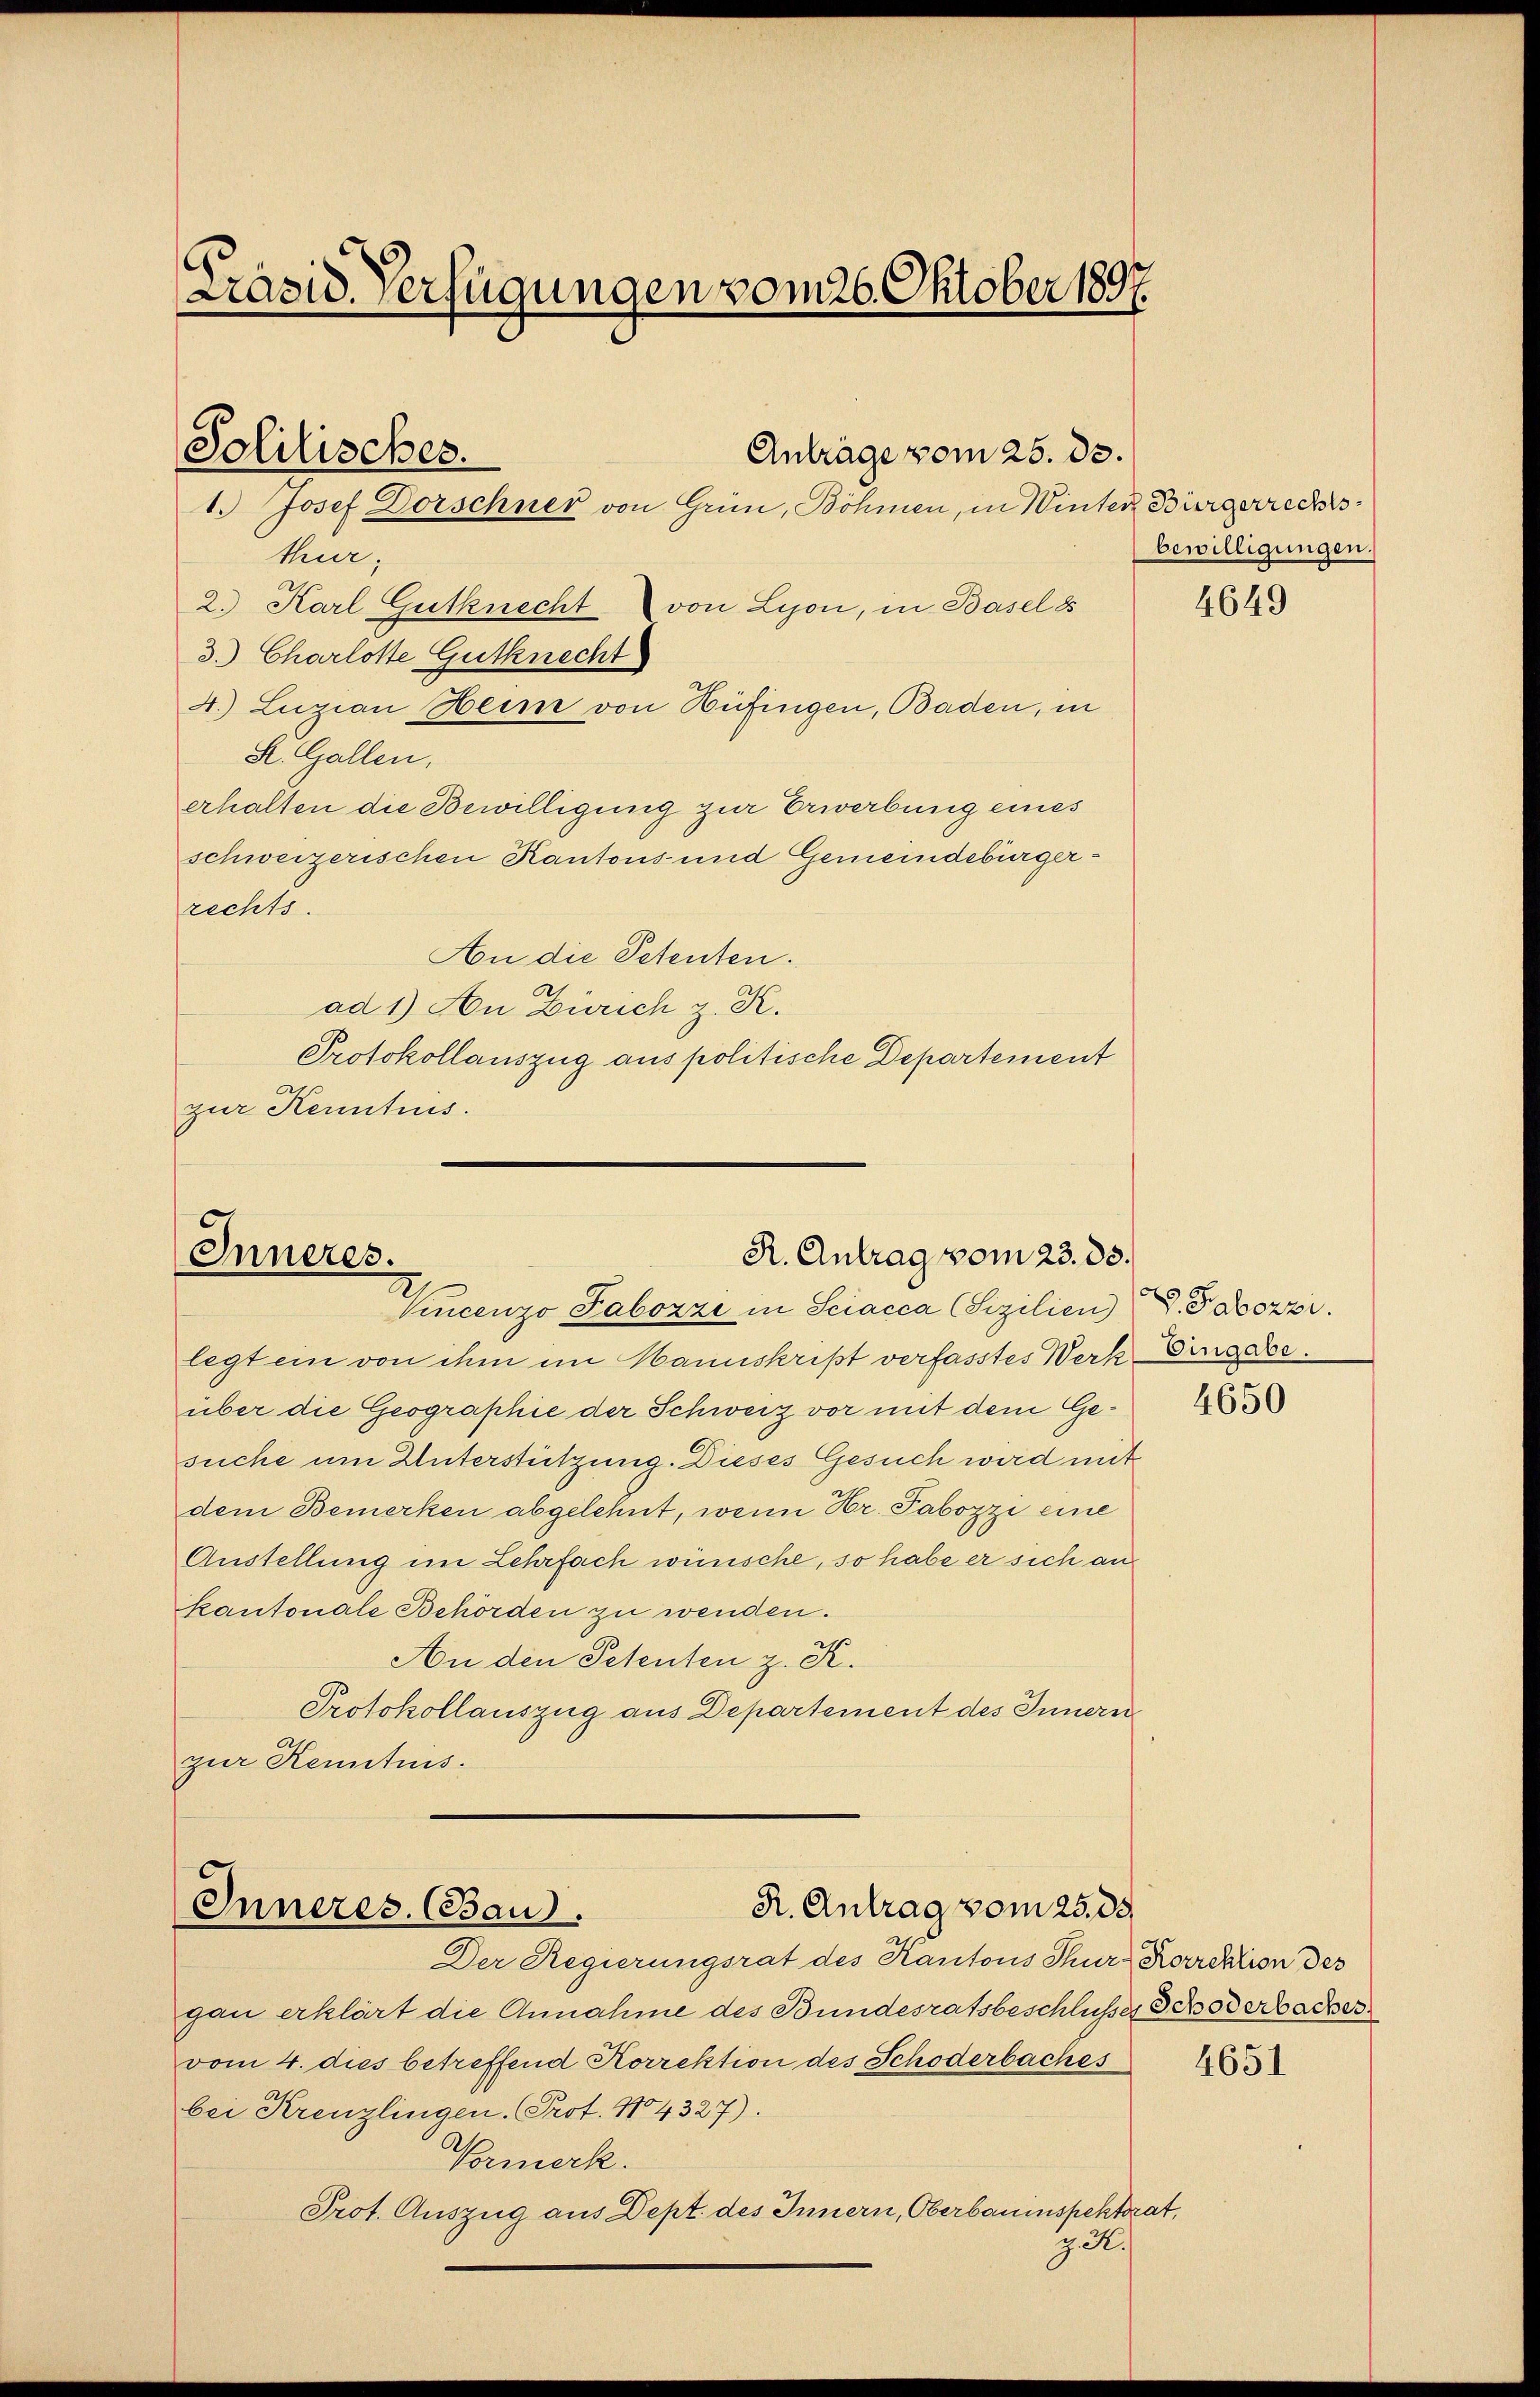
Präsid. Verfügungen vom 26. Oktober 1897.

thur.
2. Karl Gutknecht von Lyon, in Basel 8
3. Charlotte Gutknecht
4.) Luzian Heim von Hüfingen, Baden, in
K. Gallen,
erhalten die Bewilligung zur Erwerbung eines
schweizerischen Kantons- und Gemeindebürgerrechts.
An die Petenten.
A
ad 1) An Zürich z. K.
Protokollauszug aus politische Departement
zur Kenntnis.

Solitisches.

1. Josef Dorschner von Grün, Böhmen, in Winter Bürgerrechts¬

legt ein von ihm im Manuskript verfasstes Werk Eingabe.
über die Geographie der Schweiz vor mit dem Gesuche um Unterstützung. Dieses Gesuch wird mit
dem Bemerken abgelehnt, wenn Hr. Pabozzi eine
Austellung im Lehrfach wünsche, so habe er sich an
kantonale Behörden zu wenden.
An den Petenten z. K.
Protokollauszug aus Departement des Innern
zur Kenntnis.

Anträge vom 25. ds.

R. Antrag vom 23. 83.
Inneres.
Vincenzo Labozzi in Sciacca (Sizilien)

R. Antrag vom 25. 35.
Inneres. (Baud.

Der Regierungsrat des Kantons Thur- Korrektion der
gau erklärt die Annahme des Bundesratsbeschlusser Schöderbacher
vom 4. dies betreffend Korrektion des Schöderbaches
bei Kreuzlingen. Prot. No. 4327).
Vermerk.
Prot. Auszug aus Dept. des Innern, Oberbauinspektorat,
ze.

bewilligungen.

4649

V. Tabozzi.

4650